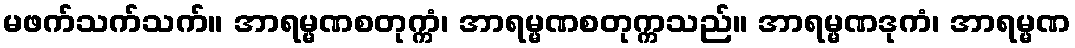
မဖက်သက်သက်။ အာရမ္မဏစတုက္ကံ၊ အာရမ္မဏစတုက္ကသည်။ အာရမ္မဏဒုကံ၊ အာရမ္မဏ